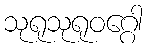
သုရုသုရုဝဂ္ဂေါ